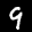
Label: 9